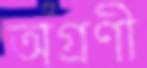
অগ্রণী